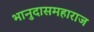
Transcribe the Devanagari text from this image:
भानुदासमहाराज